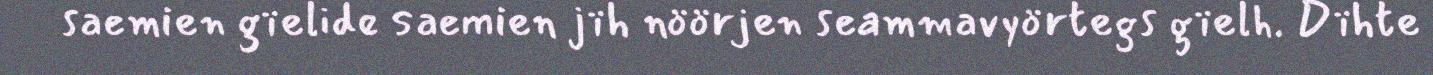
saemien gïelide saemien jïh nöörjen seammavyörtegs gïelh. Dïhte